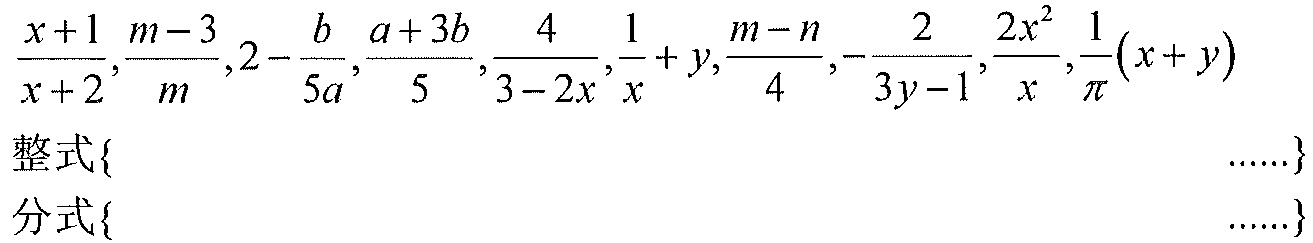
\(\dfrac{x + 1}{x + 2},\dfrac{m - 3}{m},2-\dfrac{b}{5a},\dfrac{a + 3b}{5},\dfrac{4}{3 - 2x},\dfrac{1}{x}+y,\dfrac{m - n}{4},-\dfrac{2}{3y - 1},\dfrac{2x^{2}}{x},\dfrac{1}{\pi}(x + y)\)
整式\{\ \ \ \ \ \ \ \ \ \ \ \ \ \ \ \ \ \ \ \ \ \ \ \ \ \ \ \ \ \ \ \ \ \ \ \ \ \ \ \ \ \ \ \ \ \ \ \ \ \ \ \ \ \ \ \ \ \ \ \ \ \ \ \ \ \ \ \ \ \ \ \ \ \ \ \ \ \ \ \ \ \ \ \ \ \ \ \ \ \ \ \ \ \ \ \ \ \ \ \ \ \ \ \ \ \ \ \ \ \ \ \ \ \ \ \ \ \ \ \ \ \ \ \ \ \ \ \ \ \ \ \ \ \ \ \ \ \ \ \ \ \ \ \ \ \ \ \ \ \ \ \ \ \ \ \ \ \ \ \ \ \ \ \ \ \ \ \ \ \ \ \ \ \ \ \ \ \ \ \ \ \ \ \ \ \ \ \ \ \ \ \ \ \ \ \ \ \ \ \ \ \ \ \ \ \ \ \ \ \ \ \ \ \ \ \ \ \ \ \ \ \ \ \ \ \ \ \ \ \ \ \ \ \ \ \ \ \ \ \ \ \ \ \ \ \ \ \ \ \ \ \ \ \ \ \ \ \ \ \ \ \ \ \ \ \ \ \ \ \ \ \ \ \ \ \ \ \ \ \ \ \ \ \ \ \ \ \ \ \ \ \ \ \ \ \ \ \ \ \ \ \ \ \ \ \ \ \ \ \ \ \ \ \ \ \ \ \ \ \ \ \ \ \ \ \ \ \ \ \ \ \ \ \ \ \ \ \ \ \ \ \ \ \ \ \ \ \ \ \ \ \ \ \ \ \ \ \ \ \ \ \ \ \ \ \ \ \ \ \ \ \ \ \ \ \ \ \ \ \ \ \ \ \ \ \ \ \ \ \ \ \ \ \ \ \ \ \ \ \ \ \ \ \ \ \ \ \ \ \ \ \ \ \ \ \ \ \ \ \ \ \ \ \ \ \ \ \ \ \ \ \ \ \ \ \ \ \ \ \ \ \ \ \ \ \ \ \ \ \ \ \ \ \ \ \ \ \ \ \ \ \ \ \ \ \ \ \ \ \ \ \ \ \ \ \ \ \ \ \ \ \ \ \ \ \ \ \ \ \ \ \ \ \ \ \ \ \ \ \ \ \ \ \ \ \ \ \ \ \ \ \ \ \ \ \ \ \ \ \ \ \ \ \ \ \ \ \ \ \ \ \ \ \ \ \ \ \ \ \ \ \ \ \ \ \ \ \ \ \ \ \ \ \ \ \ \ \ \ \ \ \ \ \ \ \ \ \ \ \ \ \ \ \ \ \ \ \ \ \ \ \ \ \ \ \ \ \ \ \ \ \ \ \ \ \ \ \ \ \ \ \ \ \ \ \ \ \ \ \ \ \ \ \ \ \ \ \ \ \ \ \ \ \ \ \ \ \ \ \ \ \ \ \ \ \ \ \ \ \ \ \ \ \ \ \ \ \ \ \ \ \ \ \ \ \ \ \ \ \ \ \ \ \ \ \ \ \ \ \ \ \ \ \ \ \ \ \ \ \ \ \ \ \ \ \ \ \ \ \ \ \ \ \ \ \ \ \ \ \ \ \ \ \ \ \ \ \ \ \ \ \ \ \ \ \ \ \ \ \ \ \ \ \ \ \ \ \ \ \ \ \ \ \ \ \ \ \ \ \ \ \ \ \ \ \ \ \ \ \ \ \ \ \ \ \ \ \ \ \ \ \ \ \ \ \ \ \ \ \ \ \ \ \ \ \ \ \ \ \ \ \ \ \ \ \ \ \ \ \ \ \ \ \ \ \ \ \ \ \ \ \ \ \ \ \ \ \ \ \ \ \ \ \ \ \ \ \ \ \ \ \ \ \ \ \ \ \ \ \ \ \ \ \ \ \ \ \ \ \ \ \ \ \ \ \ \ \ \ \ \ \ \ \ \ \ \ \ \ \ \ \ \ \ \ \ \ \ \ \ \ \ \ \ \ \ \ \ \ \ \ \ \ \ \ \ \ \ \ \ \ \ \ \ \ \ \ \ \ \ \ \ \ \ \ \ \ \ \ \ \ \ \ \ \ \ \ \ \ \ \ \ \ \ \ \ \ \ \ \ \ \ \ \ \ \ \ \ \ \ \ \ \ \ \ \ \ \ \ \ \ \ \ \ \ \ \ \ \ \ \ \ \ \ \ \ \ \ \ \ \ \ \ \ \ \ \ \ \ \ \ \ \ \ \ \ \ \ \ \ \ \ \ \ \ \ \ \ \ \ \ \ \ \ \ \ \ \ \ \ \ \ \ \ \ \ \ \ \ \ \ \ \ \ \ \ \ \ \ \ \ \ \ \ \ \ \ \ \ \ \ \ \ \ \ \ \ \ \ \ \ \ \ \ \ \ \ \ \ \ \ \ \ \ \ \ \ \ \ \ \ \ \ \ \ \ \ \ \ \ \ \ \ \ \ \ \ \ \ \ \ \ \ \ \ \ \ \ \ \ \ \ \ \ \ \ \ \ \ \ \ \ \ \ \ \ \ \ \ \ \ \ \ \ \ \ \ \ \ \ \ \ \ \ \ \ \ \ \ \ \ \ \ \ \ \ \ \ \ \ \ \ \ \ \ \ \ \ \ \ \ \ \ \ \ \ \ \ \ \ \ \ \ \ \ \ \ \ \ \ \ \ \ \ \ \ \ \ \ \ \ \ \ \ \ \ \ \ \ \ \ \ \ \ \ \ \ \ \ \ \ \ \ \ \ \ \ \ \ \ \ \ \ \ \ \ \ \ \ \ \ \ \ \ \ \ \ \ \ \ \ \ \ \ \ \ \ \ \ \ \ \ \ \ \ \ \ \ \ \ \ \ \ \ \ \ \ \ \ \ \ \ \ \ \ \ \ \ \ \ \ \ \ \ \ \ \ \ \ \ \ \ \ \ \ \ \ \ \ \ \ \ \ \ \ \ \ \ \ \ \ \ \ \ \ \ \ \ \ \ \ \ \ \ \ \ \ \ \ \ \ \ \ \ \ \ \ \ \ \ \ \ \ \ \ \ \ \ \ \ \ \ \ \ \ \ \ \ \ \ \ \ \ \ \ \ \ \ \ \ \ \ \ \ \ \ \ \ \ \ \ \ \ \ \ \ \ \ \ \ \ \ \ \ \ \ \ \ \ \ \ \ \ \ \ \ \ \ \ \ \ \ \ \ \ \ \ \ \ \ \ \ \ \ \ \ \ \ \ \ \ \ \ \ \ \ \ \ \ \ \ \ \ \ \ \ \ \ \ \ \ \ \ \ \ \ \ \ \ \ \ \ \ \ \ \ \ \ \ \ \ \ \ \ \ \ \ \ \ \ \ \ \ \ \ \ \ \ \ \ \ \ \ \ \ \ \ \ \ \ \ \ \ \ \ \ \ \ \ \ \ \ \ \ \ \ \ \ \ \ \ \ \ \ \ \ \ \ \ \ \ \ \ \ \ \ \ \ \ \ \ \ \ \ \ \ \ \ \ \ \ \ \ \ \ \ \ \ \ \ \ \ \ \ \ \ \ \ \ \ \ \ \ \ \ \ \ \ \ \ \ \ \ \ \ \ \ \ \ \ \ \ \ \ \ \ \ \ \ \ \ \ \ \ \ \ \ \ \ \ \ \ \ \ \ \ \ \ \ \ \ \ \ \ \ \ \ \ \ \ \ \ \ \ \ \ \ \ \ \ \ \ \ \ \ \ \ \ \ \ \ \ \ \ \ \ \ \ \ \ \ \ \ \ \ \ \ \ \ \ \ \ \ \ \ \ \ \ \ \ \ \ \ \ \ \ \ \ \ \ \ \ \ \ \ \ \ \ \ \ \ \ \ \ \ \ \ \ \ \ \ \ \ \ \ \ \ \ \ \ \ \ \ \ \ \ \ \ \ \ \ \ \ \ \ \ \ \ \ \ \ \ \ \ \ \ \ \ \ \ \ \ \ \ \ \ \ \ \ \ \ \ \ \ \ \ \ \ \ \ \ \ \ \ \ \ \ \ \ \ \ \ \ \ \ \ \ \ \ \ \ \ \ \ \ \ \ \ \ \ \ \ \ \ \ \ \ \ \ \ \ \ \ \ \ \ \ \ \ \ \ \ \ \ \ \ \ \ \ \ \ \ \ \ \ \ \ \ \ \ \ \ \ \ \ \ \ \ \ \ \ \ \ \ \ \ \ \ \ \ \ \ \ \ \ \ \ \ \ \ \ \ \ \ \ \ \ \ \ \ \ \ \ \ \ \ \ \ \ \ \ \ \ \ \ \ \ \ \ \ \ \ \ \ \ \ \ \ \ \ \ \ \ \ \ \ \ \ \ \ \ \ \ \ \ \ \ \ \ \ \ \ \ \ \ \ \ \ \ \ \ \ \ \ \ \ \ \ \ \ \ \ \ \ \ \ \ \ \ \ \ \ \ \ \ \ \ \ \ \ \ \ \ \ \ \ \ \ \ \ \ \ \ \ \ \ \ \ \ \ \ \ \ \ \ \ \ \ \ \ \ \ \ \ \ \ \ \ \ \ \ \ \ \ \ \ \ \ \ \ \ \ \ \ \ \ \ \ \ \ \ \ \ \ \ \ \ \ \ \ \ \ \ \ \ \ \ \ \ \ \ \ \ \ \ \ \ \ \ \ \ \ \ \ \ \ \ \ \ \ \ \ \ \ \ \ \ \ \ \ \ \ \ \ \ \ \ \ \ \ \ \ \ \ \ \ \ \ \ \ \ \ \ \ \ \ \ \ \ \ \ \ \ \ \ \ \ \ \ \ \ \ \ \ \ \ \ \ \ \ \ \ \ \ \ \ \ \ \ \ \ \ \ \ \ \ \ \ \ \ \ \ \ \ \ \ \ \ \ \ \ \ \ \ \ \ \ \ \ \ \ \ \ \ \ \ \ \ \ \ \ \ \ \ \ \ \ \ \ \ \ \ \ \ \ \ \ \ \ \ \ \ \ \ \ \ \ \ \ \ \ \ \ \ \ \ \ \ \ \ \ \ \ \ \ \ \ \ \ \ \ \ \ \ \ \ \ \ \ \ \ \ \ \ \ \ \ \ \ \ \ \ \ \ \ \ \ \ \ \ \ \ \ \ \ \ \ \ \ \ \ \ \ \ \ \ \ \ \ \ \ \ \ \ \ \ \ \ \ \ \ \ \ \ \ \ \ \ \ \ \ \ \ \ \ \ \ \ \ \ \ \ \ \ \ \ \ \ \ \ \ \ \ \ \ \ \ \ \ \ \ \ \ \ \ \ \ \ \ \ \ \ \ \ \ \ \ \ \ \ \ \ \ \ \ \ \ \ \ \ \ \ \ \ \ \ \ \ \ \ \ \ \ \ \ \ \ \ \ \ \ \ \ \ \ \ \ \ \ \ \ \ \ \ \ \ \ \ \ \ \ \ \ \ \ \ \ \ \ \ \ \ \ \ \ \ \ \ \ \ \ \ \ \ \ \ \ \ \ \ \ \ \ \ \ \ \ \ \ \ \ \ \ \ \ \ \ \ \ \ \ \ \ \ \ \ \ \ \ \ \ \ \ \ \ \ \ \ \ \ \ \ \ \ \ \ \ \ \ \ \ \ \ \ \ \ \ \ \ \ \ \ \ \ \ \ \ \ \ \ \ \ \ \ \ \ \ \ \ \ \ \ \ \ \ \ \ \ \ \ \ \ \ \ \ \ \ \ \ \ \ \ \ \ \ \ \ \ \ \ \ \ \ \ \ \ \ \ \ \ \ \ \ \ \ \ \ \ \ \ \ \ \ \ \ \ \ \ \ \ \ \ \ \ \ \ \ \ \ \ \ \ \ \ \ \ \ \ \ \ \ \ \ \ \ \ \ \ \ \ \ \ \ \ \ \ \ \ \ \ \ \ \ \ \ \ \ \ \ \ \ \ \ \ \ \ \ \ \ \ \ \ \ \ \ \ \ \ \ \ \ \ \ \ \ \ \ \ \ \ \ \ \ \ \ \ \ \ \ \ \ \ \ \ \ \ \ \ \ \ \ \ \ \ \ \ \ \ \ \ \ \ \ \ \ \ \ \ \ \ \ \ \ \ \ \ \ \ \ \ \ \ \ \ \ \ \ \ \ \ \ \ \ \ \ \ \ \ \ \ \ \ \ \ \ \ \ \ \ \ \ \ \ \ \ \ \ \ \ \ \ \ \ \ \ \ \ \ \ \ \ \ \ \ \ \ \ \ \ \ \ \ \ \ \ \ \ \ \ \ \ \ \ \ \ \ \ \ \ \ \ \ \ \ \ \ \ \ \ \ \ \ \ \ \ \ \ \ \ \ \ \ \ \ \ \ \ \ \ \ \ \ \ \ \ \ \ \ \ \ \ \ \ \ \ \ \ \ \ \ \ \ \ \ \ \ \ \ \ \ \ \ \ \ \ \ \ \ \ \ \ \ \ \ \ \ \ \ \ \ \ \ \ \ \ \ \ \ \ \ \ \ \ \ \ \ \ \ \ \ \ \ \ \ \ \ \ \ \ \ \ \ \ \ \ \ \ \ \ \ \ \ \ \ \ \ \ \ \ \ \ \ \ \ \ \ \ \ \ \ \ \ \ \ \ \ \ \ \ \ \ \ \ \ \ \ \ \ \ \ \ \ \ \ \ \ \ \ \ \ \ \ \ \ \ \ \ \ \ \ \ \ \ \ \ \ \ \ \ \ \ \ \ \ \ \ \ \ \ \ \ \ \ \ \ \ \ \ \ \ \ \ \ \ \ \ \ \ \ \ \ \ \ \ \ \ \ \ \ \ \ \ \ \ \ \ \ \ \ \ \ \ \ \ \ \ \ \ \ \ \ \ \ \ \ \ \ \ \ \ \ \ \ \ \ \ \ \ \ \ \ \ \ \ \ \ \ \ \ \ \ \ \ \ \ \ \ \ \ \ \ \ \ \ \ \ \ \ \ \ \ \ \ \ \ \ \ \ \ \ \ \ \ \ \ \ \ \ \ \ \ \ \ \ \ \ \ \ \ \ \ \ \ \ \ \ \ \ \ \ \ \ \ \ \ \ \ \ \ \ \ \ \ \ \ \ \ \ \ \ \ \ \ \ \ \ \ \ \ \ \ \ \ \ \ \ \ \ \ \ \ \ \ \ \ \ \ \ \ \ \ \ \ \ \ \ \ \ \ \ \ \ \ \ \ \ \ \ \ \ \ \ \ \ \ \ \ \ \ \ \ \ \ \ \ \ \ \ \ \ \ \ \ \ \ \ \ \ \ \ \ \ \ \ \ \ \ \ \ \ \ \ \ \ \ \ \ \ \ \ \ \ \ \ \ \ \ \ \ \ \ \ \ \ \ \ \ \ \ \ \ \ \ \ \ \ \ \ \ \ \ \ \ \ \ \ \ \ \ \ \ \ \ \ \ \ \ \ \ \ \ \ \ \ \ \ \ \ \ \ \ \ \ \ \ \ \ \ \ \ \ \ \ \ \ \ \ \ \ \ \ \ \ \ \ \ \ \ \ \ \ \ \ \ \ \ \ \ \ \ \ \ \ \ \ \ \ \ \ \ \ \ \ \ \ \ \ \ \ \ \ \ \ \ \ \ \ \ \ \ \ \ \ \ \ \ \ \ \ \ \ \ \ \ \ \ \ \ \ \ \ \ \ \ \ \ \ \ \ \ \ \ \ \ \ \ \ \ \ \ \ \ \ \ \ \ \ \ \ \ \ \ \ \ \ \ \ \ \ \ \ \ \ \ \ \ \ \ \ \ \ \ \ \ \ \ \ \ \ \ \ \ \ \ \ \ \ \ \ \ \ \ \ \ \ \ \ \ \ \ \ \ \ \ \ \ \ \ \ \ \ \ \ \ \ \ \ \ \ \ \ \ \ \ \ \ \ \ \ \ \ \ \ \ \ \ \ \ \ \ \ \ \ \ \ \ \ \ \ \ \ \ \ \ \ \ \ \ \ \ \ \ \ \ \ \ \ \ \ \ \ \ \ \ \ \ \ \ \ \ \ \ \ \ \ \ \ \ \ \ \ \ \ \ \ \ \ \ \ \ \ \ \ \ \ \ \ \ \ \ \ \ \ \ \ \ \ \ \ \ \ \ \ \ \ \ \ \ \ \ \ \ \ \ \ \ \ \ \ \ \ \ \ \ \ \ \ \ \ \ \ \ \ \ \ \ \ \ \ \ \ \ \ \ \ \ \ \ \ \ \ \ \ \ \ \ \ \ \ \ \ \ \ \ \ \ \ \ \ \ \ \ \ \ \ \ \ \ \ \ \ \ \ \ \ \ \ \ \ \ \ \ \ \ \ \ \ \ \ \ \ \ \ \ \ \ \ \ \ \ \ \ \ \ \ \ \ \ \ \ \ \ \ \ \ \ \ \ \ \ \ \ \ \ \ \ \ \ \ \ \ \ \ \ \ \ \ \ \ \ \ \ \ \ \ \ \ \ \ \ \ \ \ \ \ \ \ \ \ \ \ \ \ \ \ \ \ \ \ \ \ \ \ \ \ \ \ \ \ \ \ \ \ \ \ \ \ \ \ \ \ \ \ \ \ \ \ \ \ \ \ \ \ \ \ \ \ \ \ \ \ \ \ \ \ \ \ \ \ \ \ \ \ \ \ \ \ \ \ \ \ \ \ \ \ \ \ \ \ \ \ \ \ \ \ \ \ \ \ \ \ \ \ \ \ \ \ \ \ \ \ \ \ \ \ \ \ \ \ \ \ \ \ \ \ \ \ \ \ \ \ \ \ \ \ \ \ \ \ \ \ \ \ \ \ \ \ \ \ \ \ \ \ \ \ \ \ \ \ \ \ \ \ \ \ \ \ \ \ \ \ \ \ \ \ \ \ \ \ \ \ \ \ \ \ \ \ \ \ \ \ \ \ \ \ \ \ \ \ \ \ \ \ \ \ \ \ \ \ \ \ \ \ \ \ \ \ \ \ \ \ \ \ \ \ \ \ \ \ \ \ \ \ \ \ \ \ \ \ \